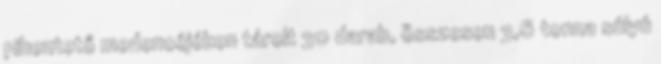
pihentető medencéjében tárolt 30 darab, összesen 3,6 tonna súlyú